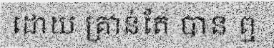
ដោយ គ្រាន់តែ បាន ឮ